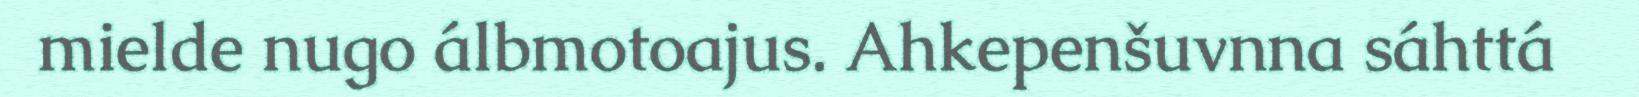
mielde nugo álbmotoajus. Ahkepenšuvnna sáhttá